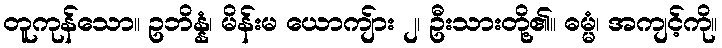
တူကုန်သော။ ဥဘိန္နံ၊ မိန်းမ ယောကျ်ား ၂၊ ဦးသားတို့၏။ ဓမ္မံ၊ အကျင့်ကို။